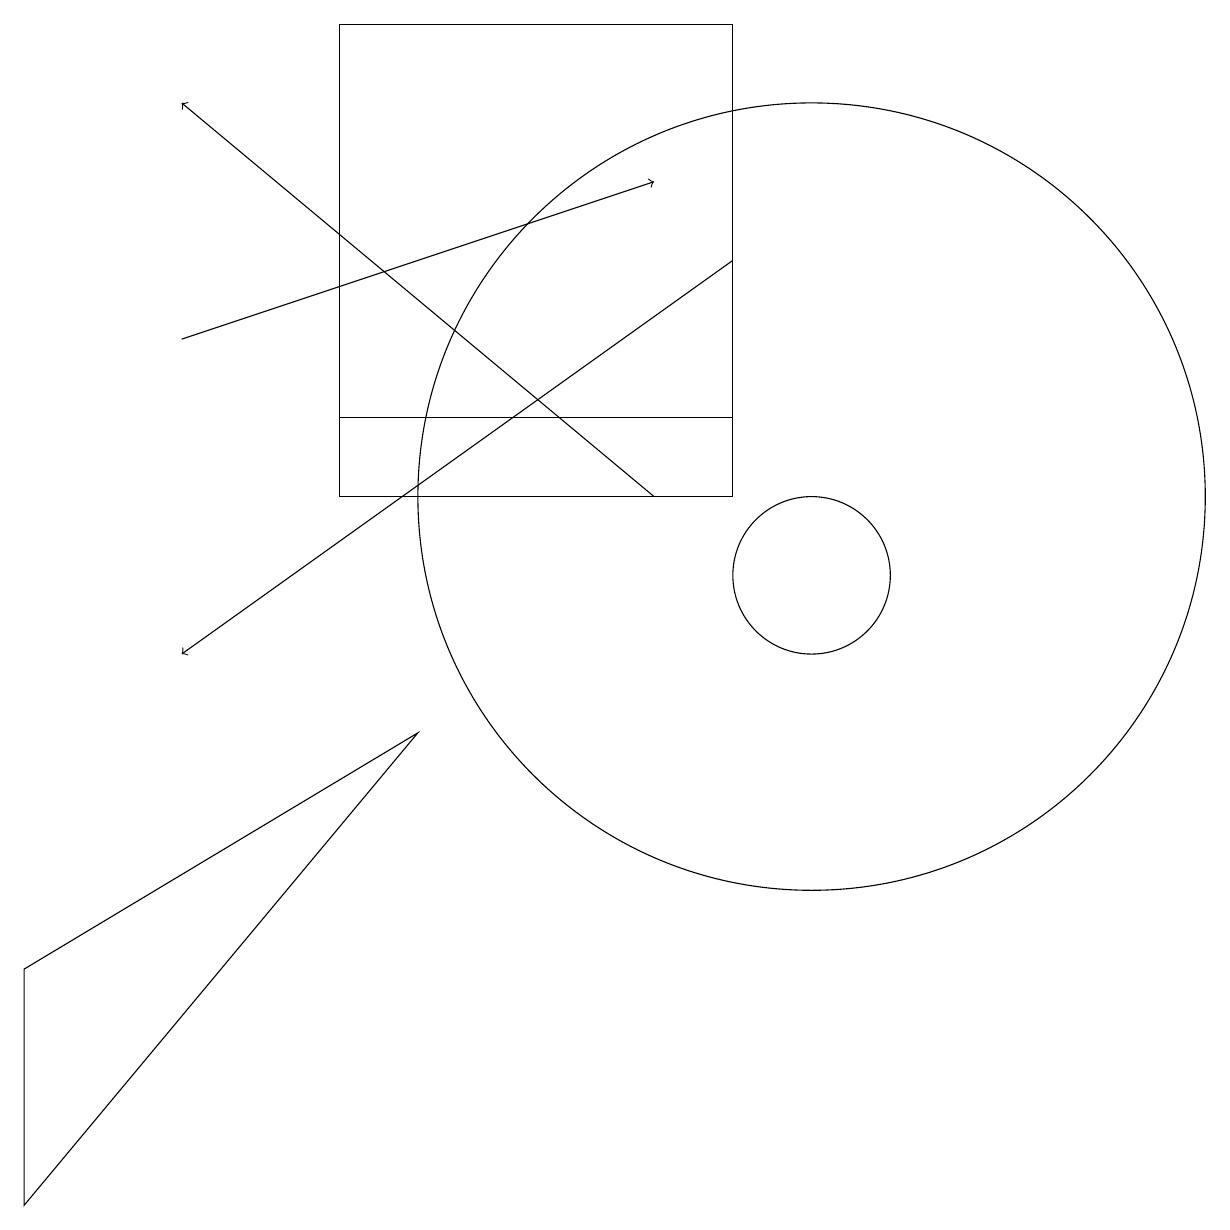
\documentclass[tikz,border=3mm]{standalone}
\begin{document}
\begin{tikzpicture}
\draw (9,12) rectangle (4,13);
\draw (4,18) rectangle (9,13);
\draw[->] (9,15) -- (2,10);
\draw[->] (2,14) -- (8,16);
\draw[->] (8,12) -- (2,17);
\draw (0,3) -- (0,6) -- (5,9) -- cycle;
\draw (10,12) circle (5);
\draw (10,11) circle (1);
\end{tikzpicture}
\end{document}